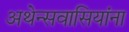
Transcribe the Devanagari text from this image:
अथेन्सवासियांना